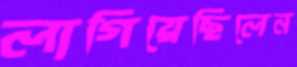
লাগিয়েছিলেন